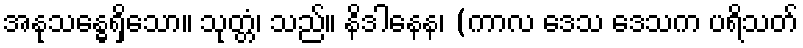
အနုသန္ဓေရှိသော။ သုတ္တံ၊ သည်။ နိဒါနေန၊ (ကာလ ဒေသ ဒေသက ပရိသတ်